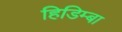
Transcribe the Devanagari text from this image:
हिडिम्‍बा